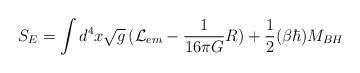
LaTeX: \begin{align*}S_{E} = \int d^{4}x \sqrt{g}\, ({\cal L}_{em} - {1\over 16\pi G}R) + {1 \over 2} (\beta\hbar) M_{BH}\end{align*}